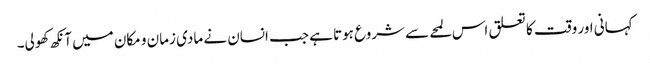
کہانی اور وقت کا تعلق اس لمحے سے شروع ہوتا ہے جب انسان نے مادی زمان و مکان میں آنکھ کھولی۔